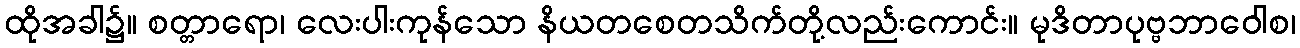
ထိုအခါ၌။ စတ္တာရော၊ လေးပါးကုန်သော နိယတစေတသိက်တို့လည်းကောင်း။ မုဒိတာပုဗ္ဗဘာဝေါစ၊